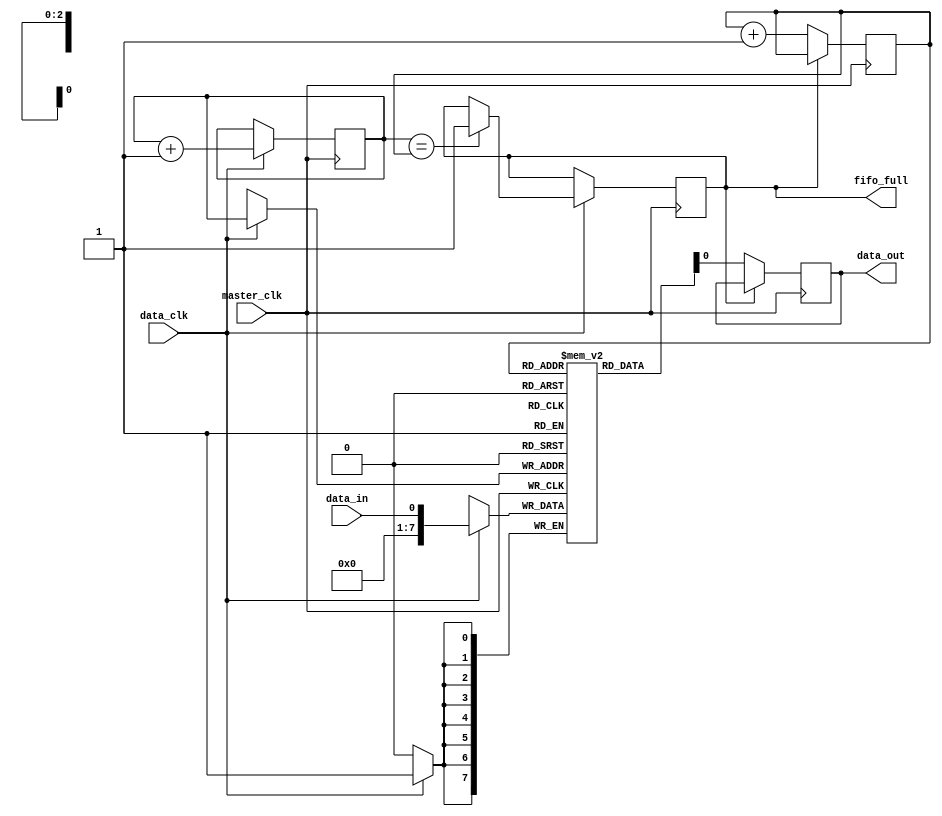
module fifo_buffer (
  input wire master_clk,
  input wire data_clk,
  input wire data_in,
  output reg data_out,
  output wire fifo_full
);

reg [7:0] fifo_buffer [0:7];
reg [2:0] write_pointer = 0;
reg [2:0] read_pointer = 0;
wire fifo_full;

always @(posedge master_clk) begin
  if (data_clk) begin
    fifo_buffer[write_pointer] <= data_in;
    write_pointer <= write_pointer + 1;
    if (write_pointer == read_pointer) begin
      fifo_full <= 1;
    end
  end
end

always @(posedge master_clk) begin
  if (!fifo_full) begin
    data_out <= fifo_buffer[read_pointer];
    read_pointer <= read_pointer + 1;
  end
end

endmodule